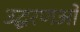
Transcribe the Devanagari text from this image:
उद्धरणओं